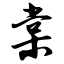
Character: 棠